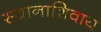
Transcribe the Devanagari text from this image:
स्थानाशिवाय